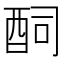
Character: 䣳